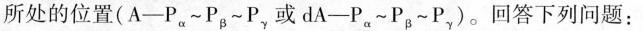
所处的位置(A—P_{α}~P_{β}~P_{γ}，或dA-P_{α}~P_{β}~P_{γ})。回答下列问题：